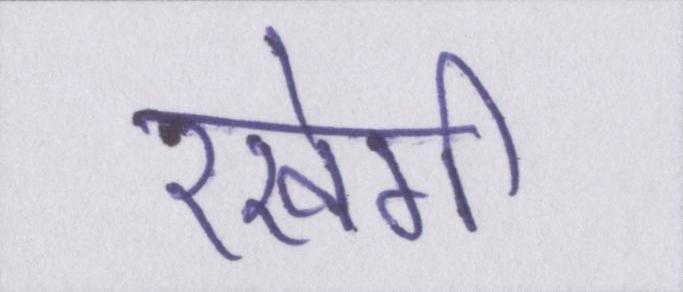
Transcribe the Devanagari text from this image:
रखेगी